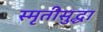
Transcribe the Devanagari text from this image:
स्मृतीसुद्धा